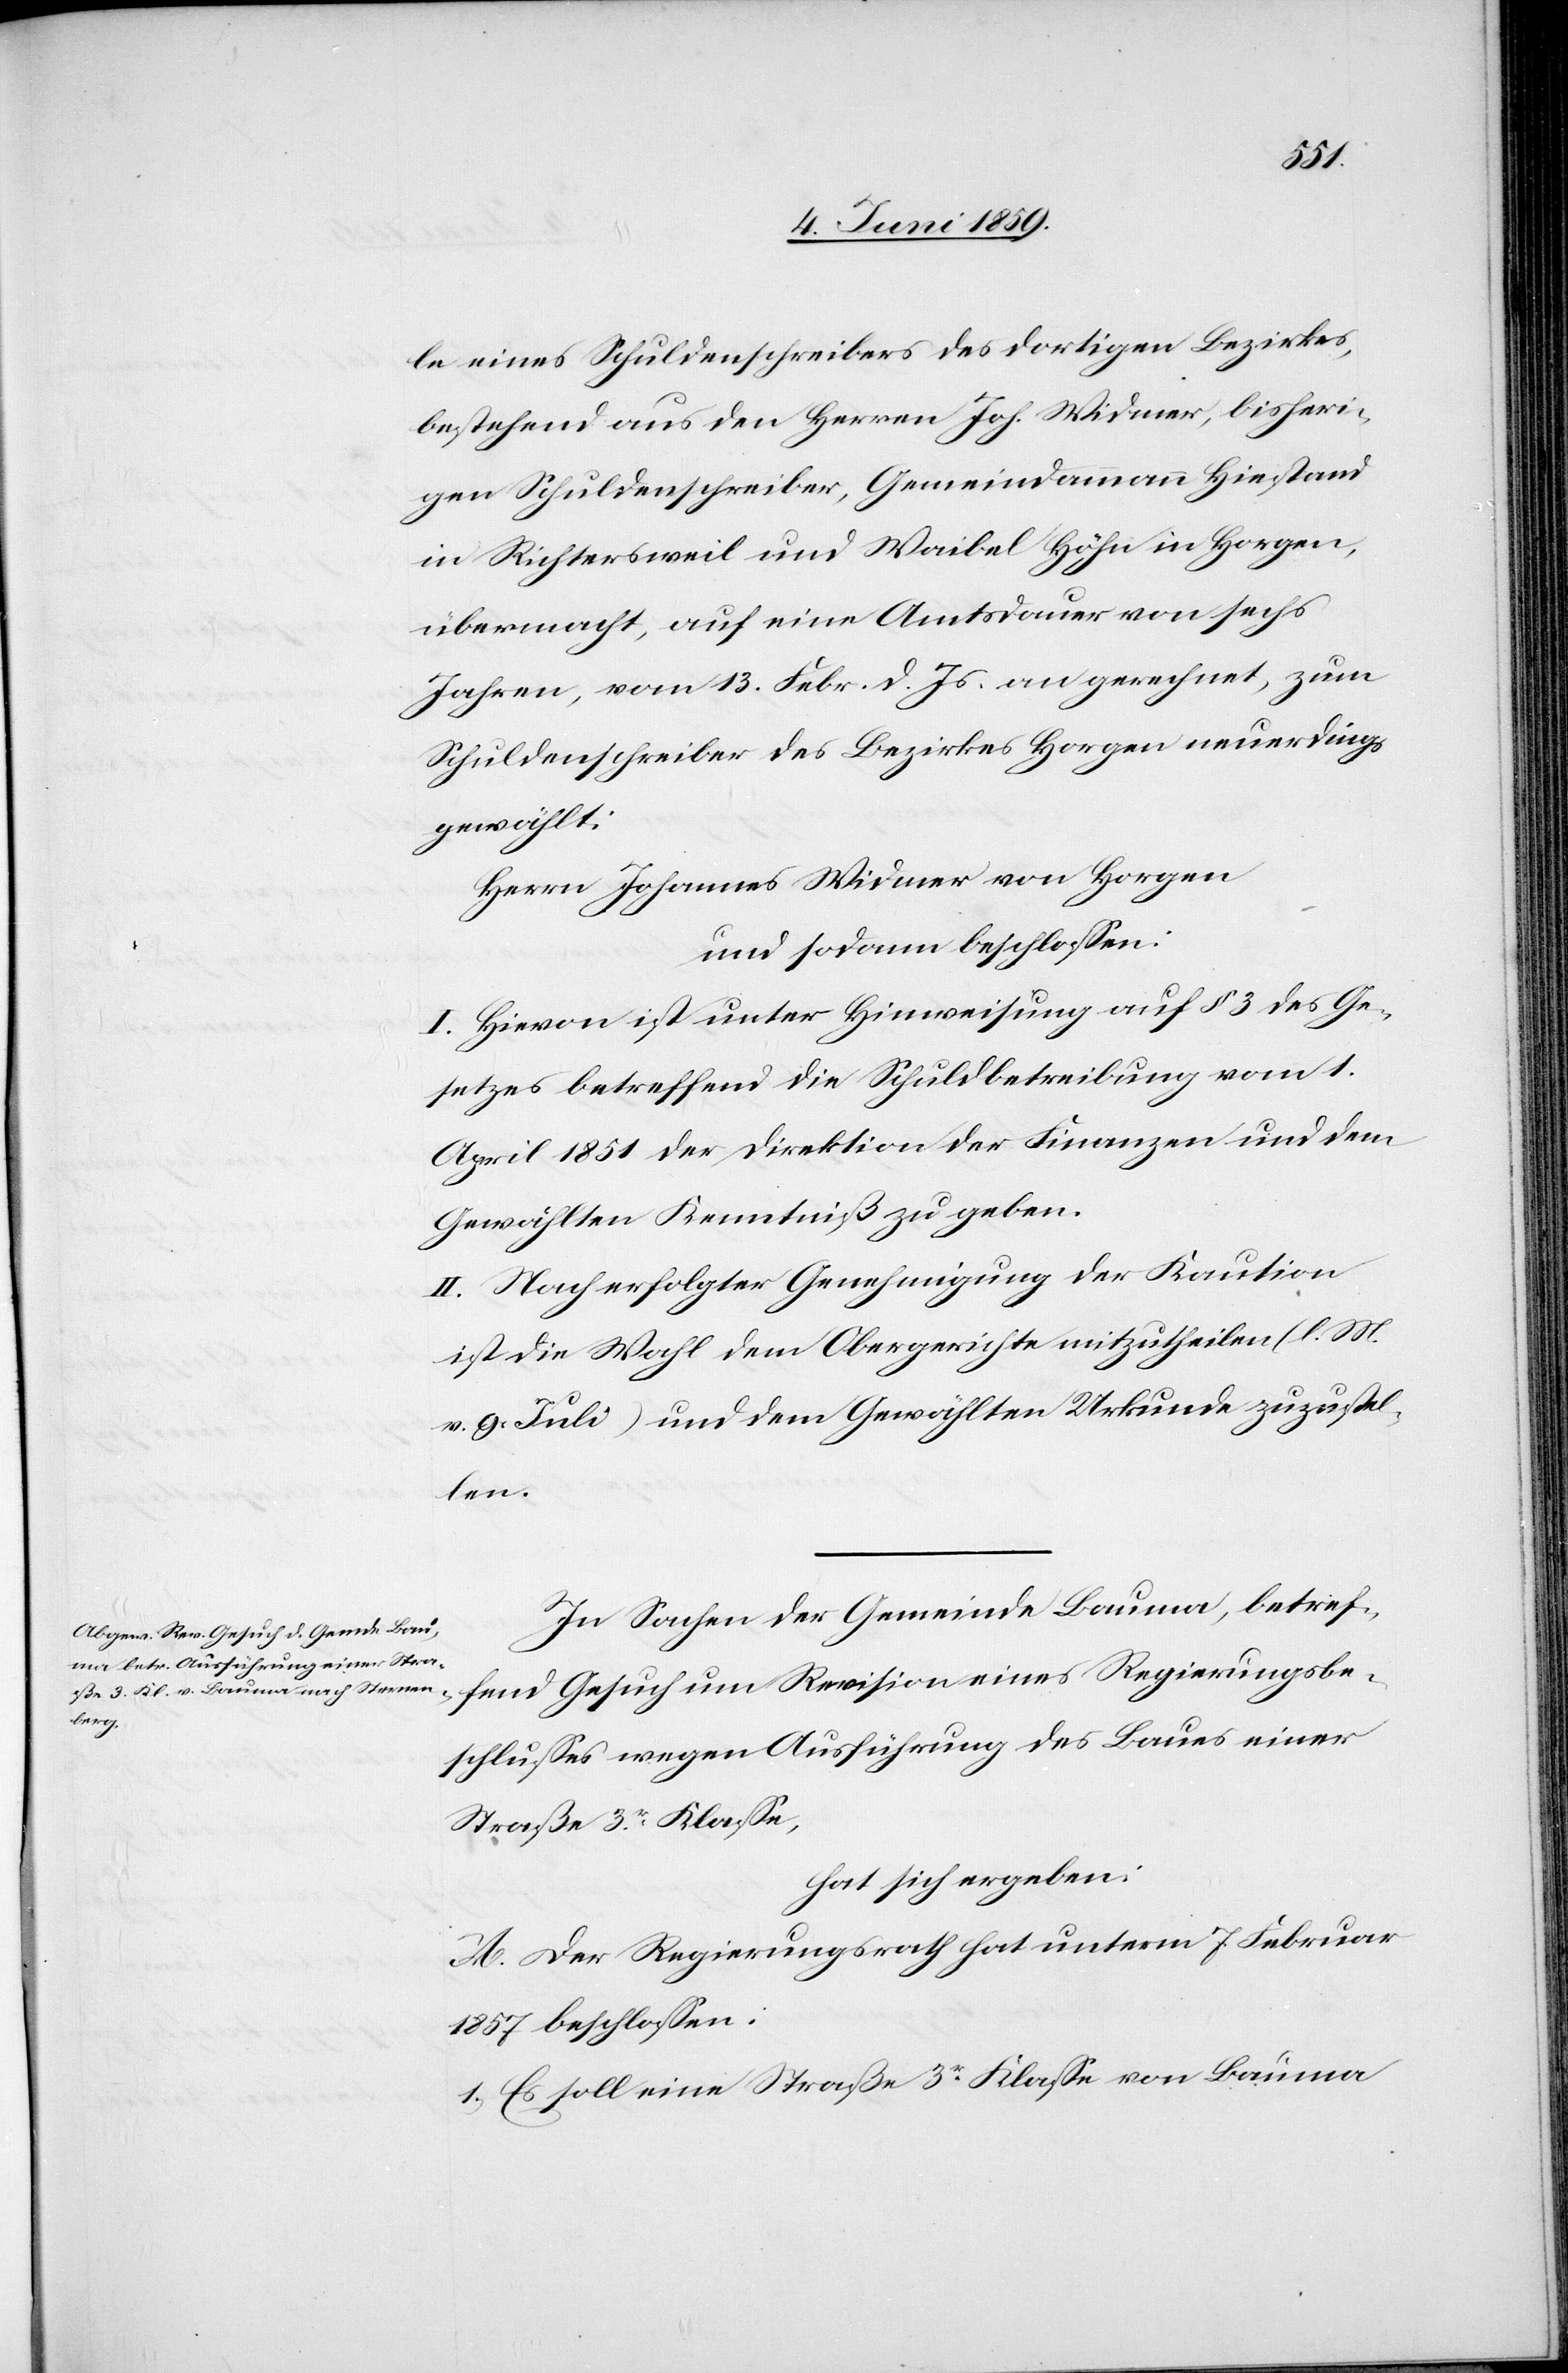
le eines Schuldenschreibers des dortigen Bezirkes,
bestehend aus den Herren Joh. Widmer, bisheri¬
gen Schuldenschreiber, Gemeindammann Hiestand
in Richtersweil und Waibel Höhe in Horgen,
übermacht, auf eine Amtsdauer von sechs
Jahren, vom 13. Febr. d. Js. angerechnet, zum
Schuldenschreiber des Bezirkes Horgen neuerdings
gewählt:
Herrn Johannes Widmer von Horgen
und sodann beschlossen:
I. Hievon ist unter Hinweisung auf § 3 des Ge¬
setzes betreffend die Schuldbetreibung vom 1.
April 1851 der Direktion der Finanzen und dem
Gewählten Kenntniß zu geben.
II. Nach erfolgter Genehmigung der Kaution
ist die Wahl dem Obergerichte mitzutheilen (l. M.
v. 9. Juli) und dem Gewählten Urkunde zuzustel¬
len.
In Sachen der Gemeinde Bauma, betref¬
fend Gesuch um Revision eines Regierungsbe¬
schlusses wegen Ausführung des Baues einer
Straße 3er Klasse,
hat sich ergeben:
A. Der Regierungsrath hat unterm 7. Februar
1857 beschlossen:
1) Es soll eine Straße 3ter Klasse von Bauma